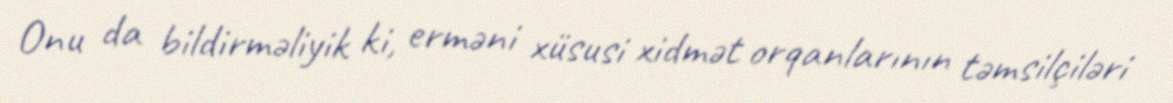
Onu da bildirməliyik ki, erməni xüsusi xidmət orqanlarının təmsilçiləri